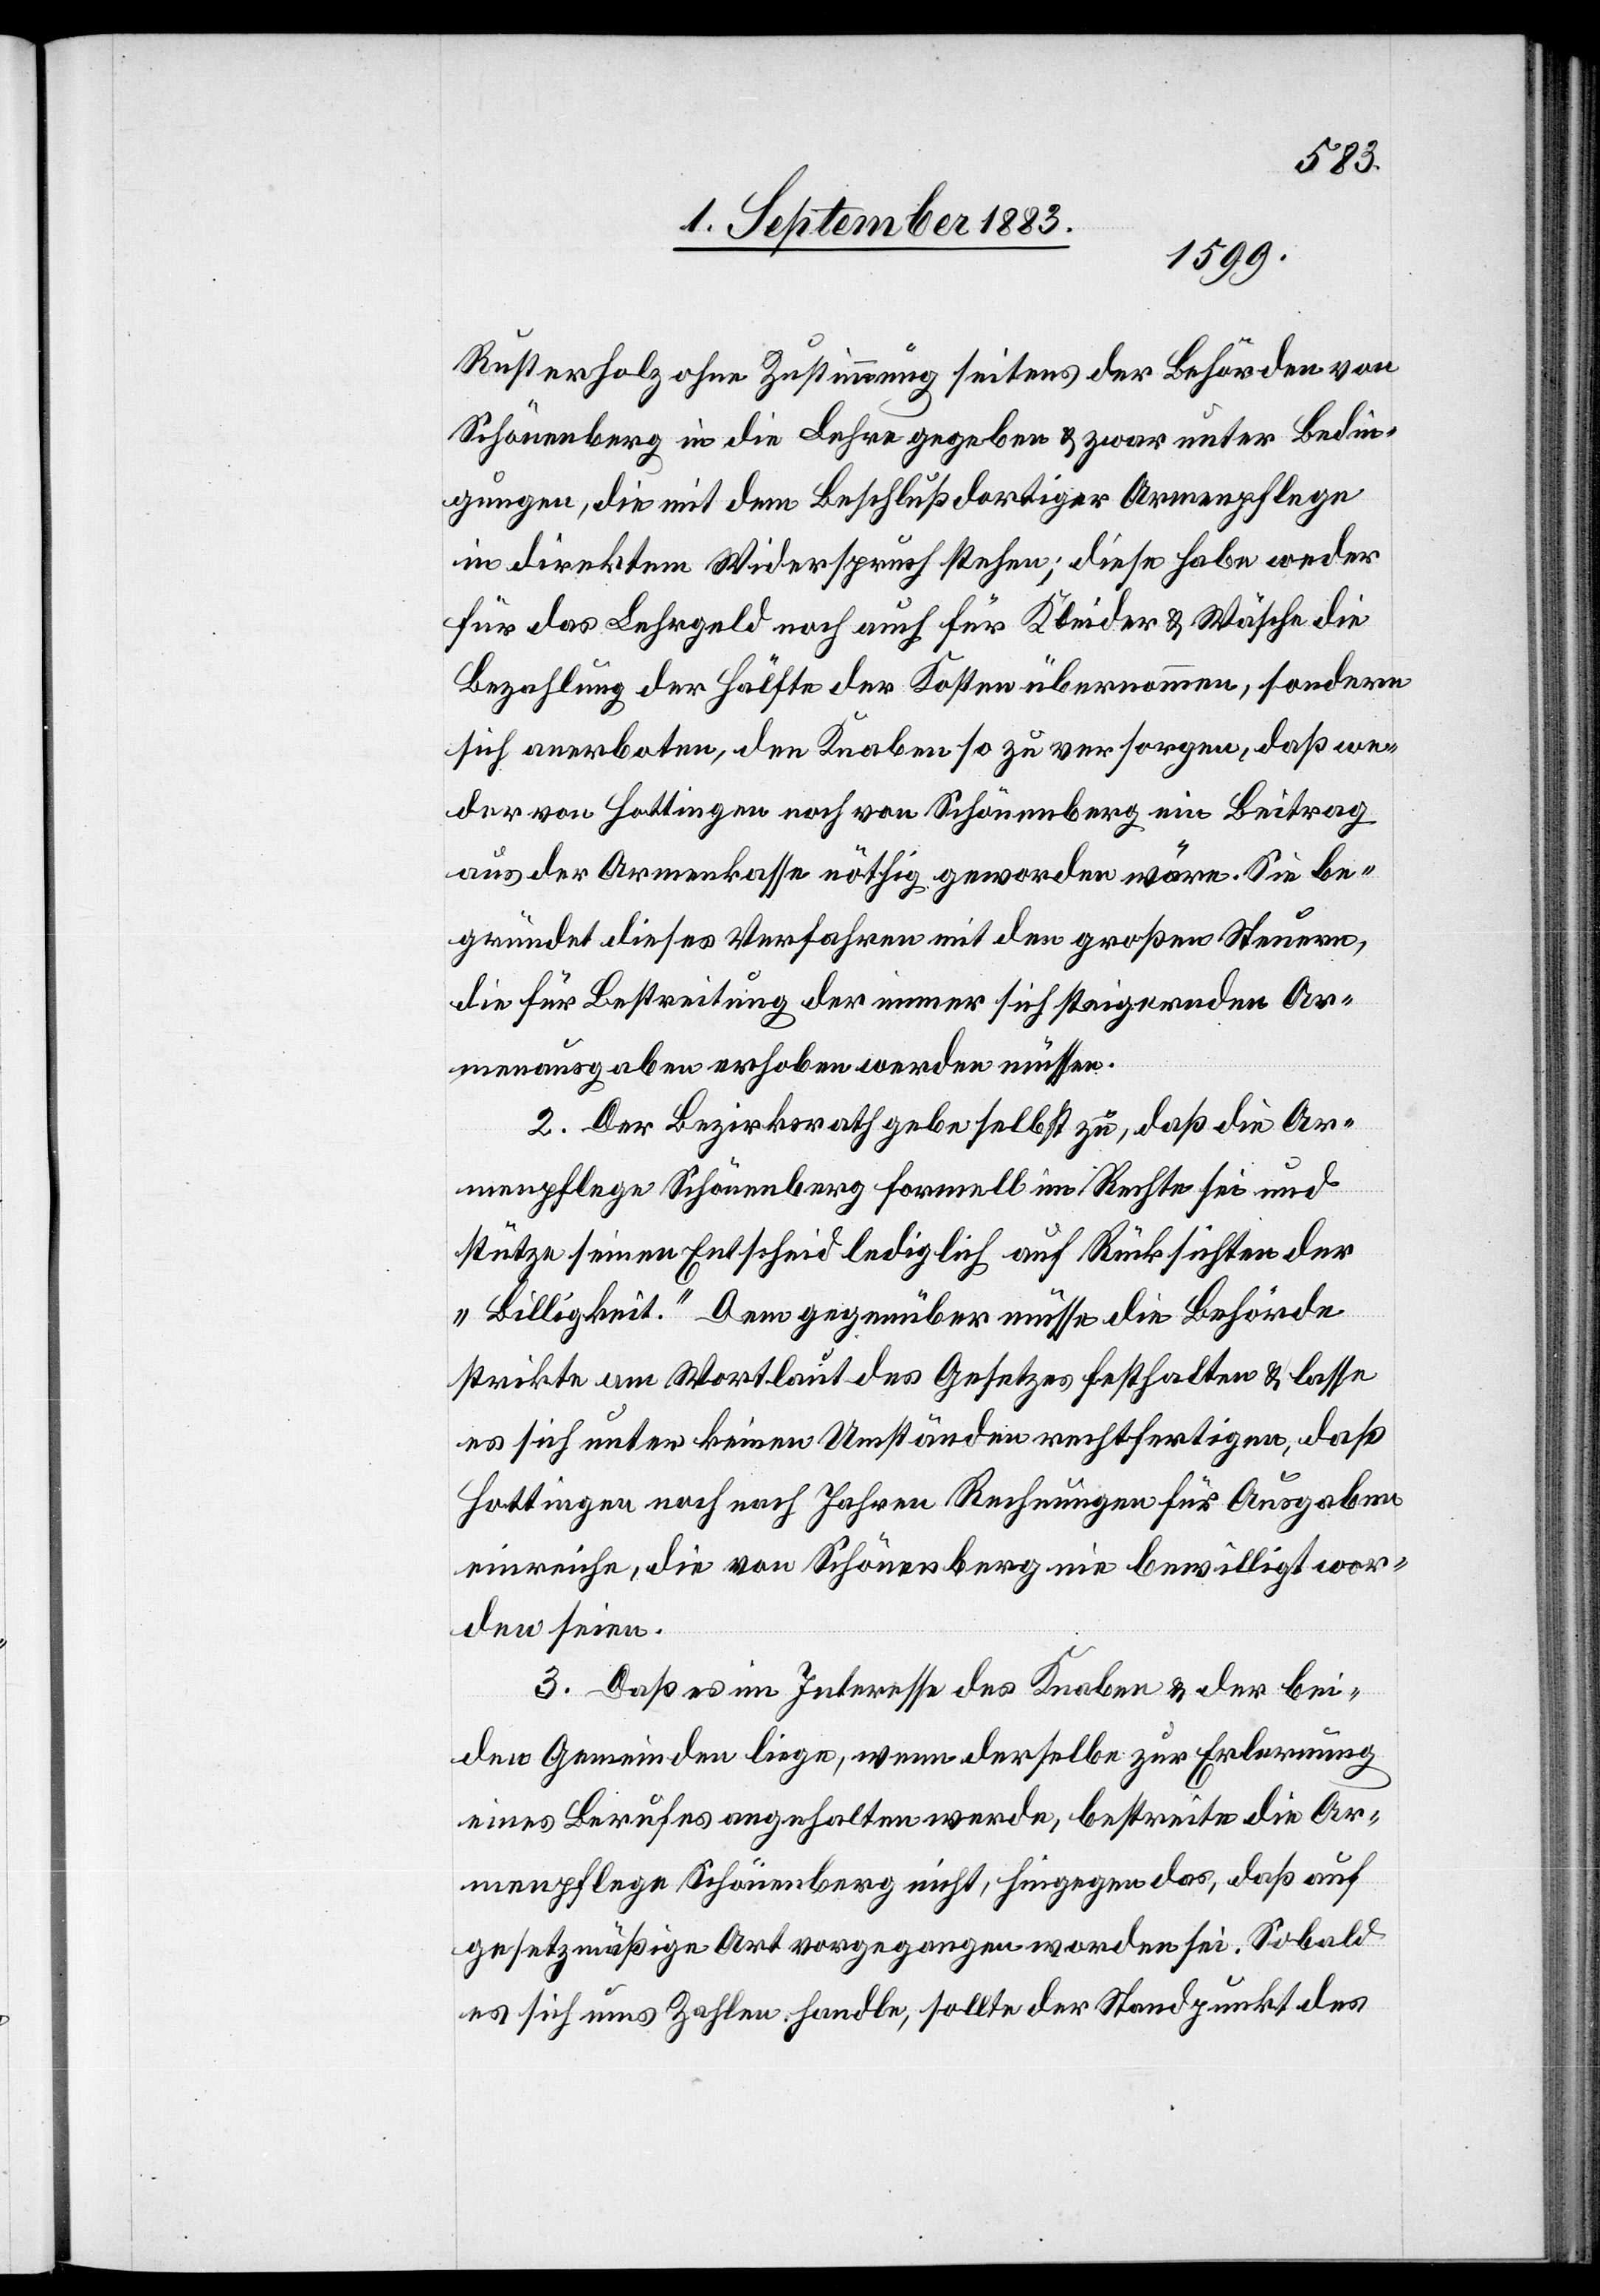
Rusterholz ohne Zustimmung seitens der Behörden von
Schönenberg in die Lehre gegeben & zwar unter Bedin¬
gungen, die mit dem Beschluß dortiger Armenpflege
in direktem Widerspruch stehen; diese habe weder
für das Lehrgeld noch für Kleider & Wäsche die
Bezahlung der Hälfte der Kosten übernommen, sondern
sich anerboten, den Knaben so zu versorgen, daß we¬
der von Hottingen noch von Schönenberg ein Beitrag
aus der Armenkasse nöthig geworden wäre. Sie be¬
gründet dieses Verfahren mit den großen Steuern,
die für Bestreitung der immer sich steigernden Ar¬
menausgaben erhoben werden müssen.
2. Der Bezirksrath gebe selbst zu, daß die Ar¬
menpflege Schönenberg formell im Rechte sei und
stütze seinen Entscheid lediglich auf Rücksichten der
„Billigkeit“. Dem gegenüber müsse die Behörde
strikte am Wortlaut des Gesetzes festhalten & lasse
es sich unter keinen Umständen rechtfertigen, daß
Hottingen noch nach Jahren Rechnungen für Ausgaben
einreiche, die von Schönenberg nie bewilligt wor¬
den seien.
3. Daß es im Interesse des Knaben & der bei¬
den Gemeinden liege, wenn derselbe zur Erlernung
eines Berufes angehalten werde, bestreite die Ar¬
menpflege Schönenberg nicht, hingegen das, daß auf
gesetzmäßige Art vorgegangen worden sei. Sobald
es sich ums Zahlen handle, sollte der Standpunkt des